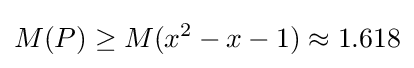
M(P)\geq M(x^{2}-x-1)\approx 1.618